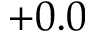
+ 0 . 0